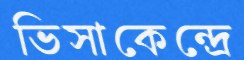
ভিসাকেন্দ্রে